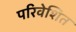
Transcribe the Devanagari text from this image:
परिवेशित